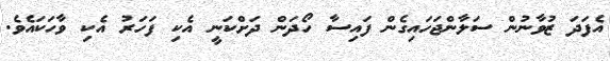
އެފަދަ ޒުވާނުން ސަލާންޖަހައިގެން ފައިސާ ހޯދަން ދަށްކަނީ އެކި ފަހަރު އެކި ވާހަކައެވެ.